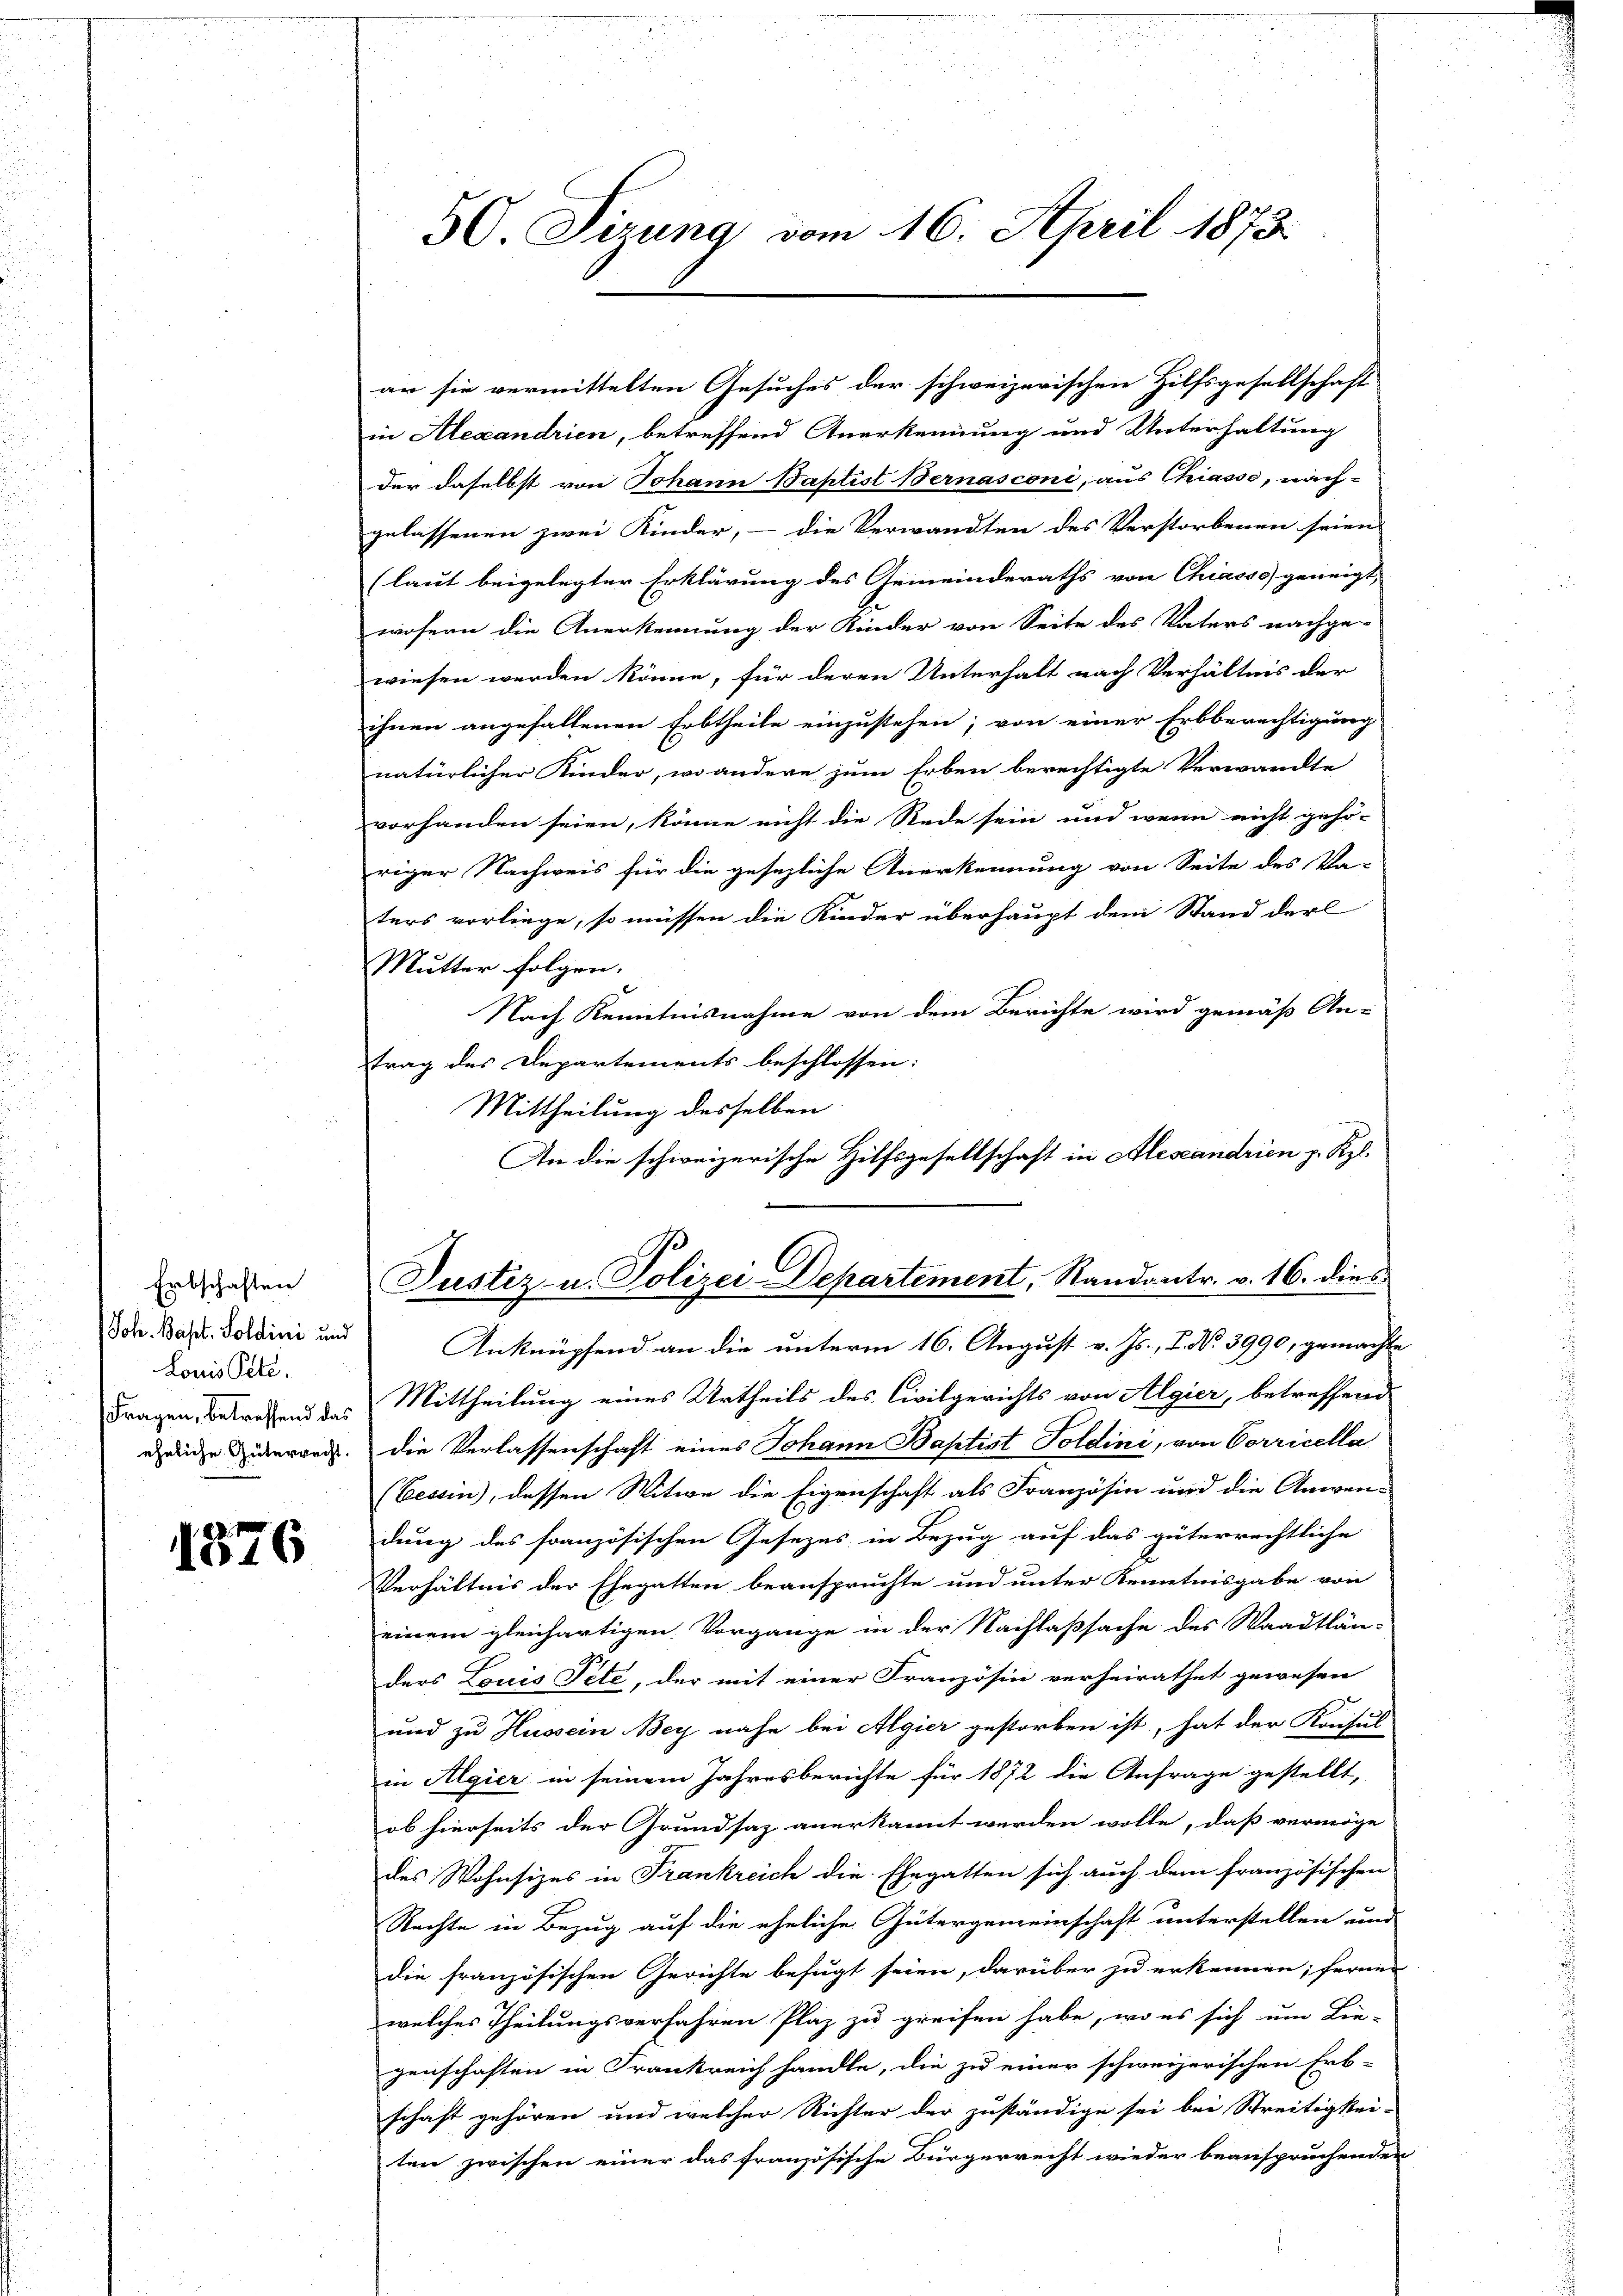
Erbschaften
Joh. Bapt. Soldini und
Louis Pete
Fragen, betreffend das
eheliche Güterrecht.

1576

50. Sirung vom 16. April 1873

in Alexandrien, betreffend Anerkennung und Unterhaltung
der daselbst von Johann Baptist Bernasconi, aus Chiasso, nachgelassenen zwei Kinder, - die Verwandten des Verstorbenen seien
(laut beigelegter Erklärung des Gemeinderaths von Chiasso geneigt,
wofern die Anerkennung der Kinder von Seite des Vaters nachge-
wiesen werden könne, für deren Unterhalt nach Verhältnis der
ihnen angefallenen Erbtheile einzustehen; von einer Erbberechtigung
natürlicher Kinder, wo andere zum Erben berechtigte Verwandte
vorhanden seien, könne nicht die Rede sein und wenn nicht gehö-
riger Nachweis für die gesezliche Anerkennung von Seite des Va-
ters vorliege, so müssen die Kinder überhaupt dem Stand der
Mutter folgen.
Nach Kenntnisnahme von dem Berichte wird gemäß An-
trag des Departements beschlossen:
Mittheilung desselben
Anknüpfend an die unterm 16. August v. Js., 7. No. 3990, gemachte
Mittheilung eines Urtheils des Civilgerichts von Algier, betreffend
die Verlassenschaft eines Johann Baptist Poldini, von Corricella
(Eessin, dessen Witwe die Eigenschaft als Französin und die Anwen-
dung des französischen Gesezes in Bezug auf das güterrechtliche
Verhältnis der Ehegatten beanspruchte und unter Kenntnisgabe von
einem gleichartigen Vorgange in der Nachlaßsache des Waadtlän-
ders Louis Pete, der mit einer Französin verheirathet gewesen
.
und zu Hussem Bey nahe bei Algier gestorben ist, hat der Konsul
in Algier in seinem Jahresberichte für 1872 die Anfrage gestellt,
ob hierseits der Grundsaz anerkannt werden wolle, daß vermöge
des Wohnsizes in Frankreich die Ehegatten sich auch dem französischen
Rechte in Bezug auf die eheliche Gütergemeinschaft unterstellen und
die französischen Gerichte befugt seien, darüber zu erkennen; ferner
welches Theilungsverfahren Plaz zu greifen habe, wo es sich um Lie-
genschaften in Frankreich handle, die zu einer schweizerischen Erb-
schaft gehören und welcher Richter der zuständige sei bei Streitigkei-
ten zwischen einer das französische Bürgerrecht wieder beanspruchenden

ar sie vermittelten Gesuches der schweizerischen Hilfsgesellschaft

An die schweizerische Hilfsgesellschaft in Alescandrien p. Kzl.

Justiz- u. Polizei-Departement, Randantr. v. 16. dies